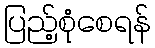
ပြည့်စုံစေရန်